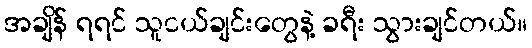
အချိန် ရရင် သူငယ်ချင်းတွေနဲ့ ခရီး သွားချင်တယ်။